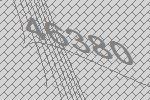
46380